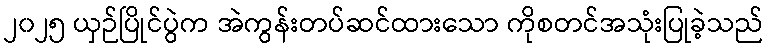
၂၀၂၅ ယှဉ်ပြိုင်ပွဲက အဲကွန်းတပ်ဆင်ထားသော ကိုစတင်အသုံးပြုခဲ့သည်